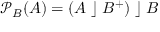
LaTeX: { \mathcal { P } } _ { B } ( A ) = ( A \; \rfloor \; B ^ { + } ) \; \rfloor \; B